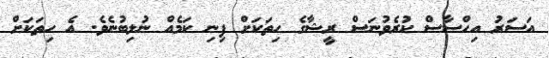
އަސަރު އިހްސާސް ކުރެވުނަސް ރީޝާގެ ހިތަކަށް ފިނި ކަމެއް ނުލިބުނެެވެ. އެ ހިތަކަށް